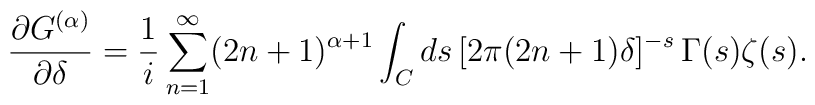
\frac{\partial G^{(\alpha)}}{\partial \delta}=\frac{1}{i}\sum_{n=1}^\infty (2n+1)^{\alpha+1}\int_Cds\, [2\pi (2n+1)\delta]^{-s}\,\Gamma(s)\zeta(s).